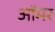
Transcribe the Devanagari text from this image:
ऑमर